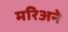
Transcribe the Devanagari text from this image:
मरिअने